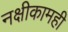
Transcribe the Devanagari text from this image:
नक्षीकामही